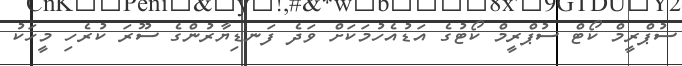
ސުޕްރީމް ކޯޓް ސުޕްރީމް ކޯޓުގެ އަޑުއެހުމަކަށް ވަދެ ފަނޑިޔާރުންގެ ސޫރަ ކުރެހި މީހަކު